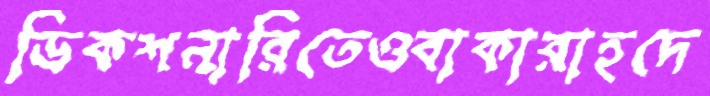
ডিকশনারিতেওবাকারাহদে